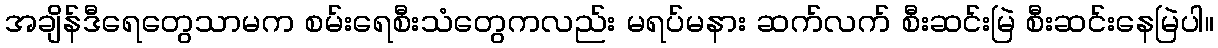
အချိန်ဒီရေတွေသာမက စမ်းရေစီးသံတွေကလည်း မရပ်မနား ဆက်လက် စီးဆင်းမြဲ စီးဆင်းနေမြဲပါ။